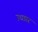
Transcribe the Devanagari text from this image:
उच्छार